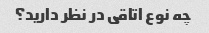
چه نوع اتاقی در نظر دارید؟